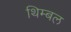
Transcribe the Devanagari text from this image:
थिम्बल